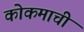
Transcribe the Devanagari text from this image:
कोकमाची